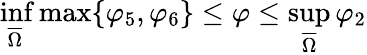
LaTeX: \operatorname*{inf}_{\overline{{\Omega}}}\operatorname*{max}\{ \varphi_{5},\varphi_{6}\} \leq\varphi\leq\operatorname*{sup}_{\overline{{\Omega}}}\varphi_{2}